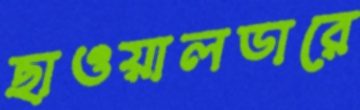
ছাওয়ালডারে